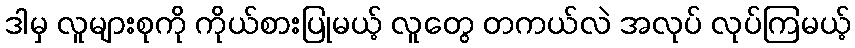
ဒါမှ လူများစုကို ကိုယ်စားပြုမယ့် လူတွေ တကယ်လဲ အလုပ် လုပ်ကြမယ့်